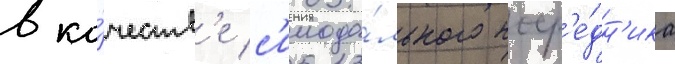
в ка́честв'е с'инода́льного поср'е́дн'ика